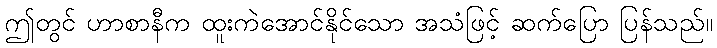
ဤတွင် ဟာစာနီက ထူးကဲအောင်နိုင်သော အသံဖြင့် ဆက်ပြော ပြန်သည်။